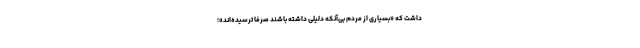
داشت که «بسیاری از مردم بی‌آنکه دلیلی داشته باشند صرفاً ترسیده‌اند»؛